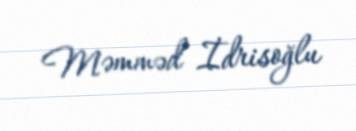
Məmməd İdrisoğlu